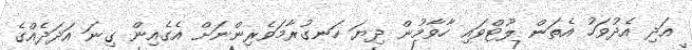
އަދި އެދުވަހު އެތަން ލޫޓްވައި ހާވާމުން ދިޔަ ހަނގުރާމަވެރިންނަށް އެގެއިން ގިނަ އަދަދެއްގެ